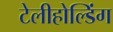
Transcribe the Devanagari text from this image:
टेलीहोल्डिंग